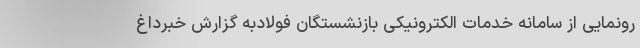
رونمایی از سامانه خدمات الکترونیکی بازنشستگان فولادبه گزارش خبرداغ